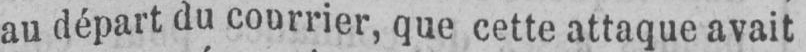
au départ du courrier, que cette attaque avait